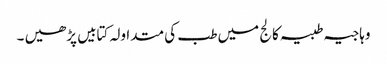
وہاجیہ طبیہ کالج میں طب کی متداولہ کتابیں پڑھیں ۔